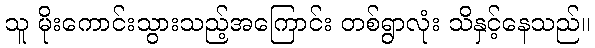
သူ မိုးကောင်းသွားသည့်အကြောင်း တစ်ရွာလုံး သိနှင့်နေသည်။